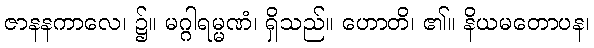
ဇာနနကာလေ၊ ၌။ မဂ္ဂါရမ္မဏံ၊ ရှိသည်။ ဟောတိ၊ ၏။ နိယမတောပန၊